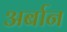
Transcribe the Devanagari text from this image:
अर्बान